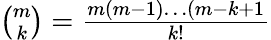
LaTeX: \textstyle{\binom{m}{k}}={\frac{m(m-1)\dots(m-k+1}{k!}}